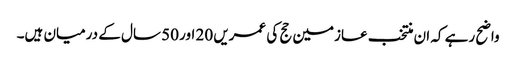
واضح رہے کہ ان منتخب عازمین حج کی عمریں 20 اور 50 سال کے درمیان ہیں۔